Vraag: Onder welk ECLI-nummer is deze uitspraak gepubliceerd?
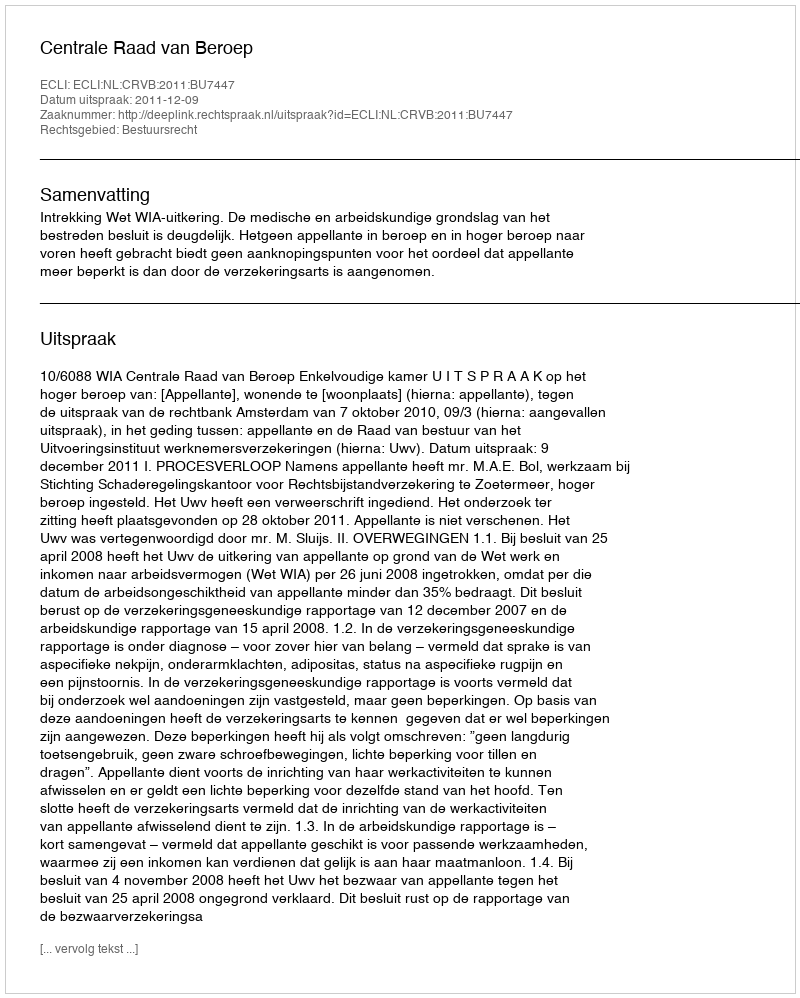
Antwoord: ECLI:NL:CRVB:2011:BU7447